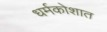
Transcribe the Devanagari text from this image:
धर्मकोशात